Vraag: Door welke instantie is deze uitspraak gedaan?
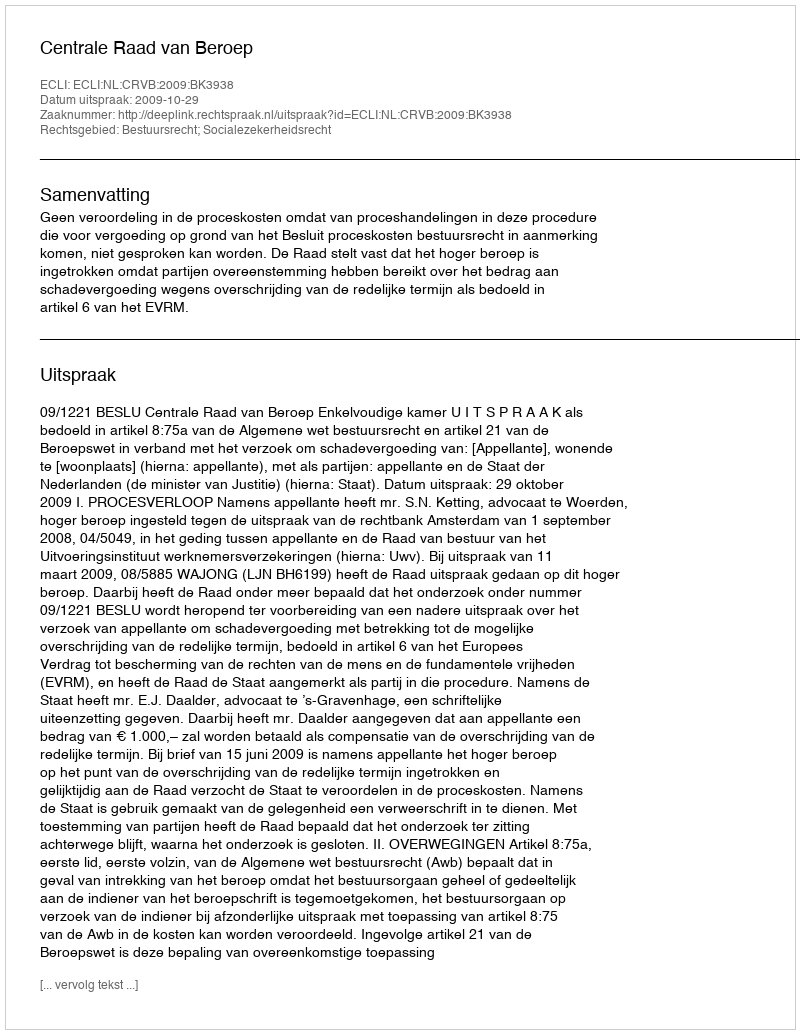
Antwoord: Centrale Raad van Beroep